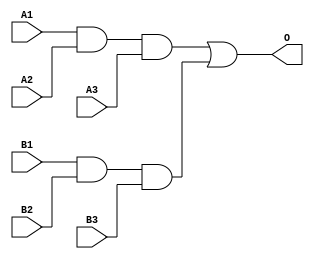
module JDB33A(A1, A2, A3, B1, B2, B3, O);
input   A1;
input   A2;
input   A3;
input   B1;
input   B2;
input   B3;
output  O;
and g0(w0, A1, A2, A3);
and g1(w4, B1, B2, B3);
or g2(O, w0, w4);
endmodule